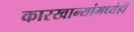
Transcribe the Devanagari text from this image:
कारखान्यांमध्येही